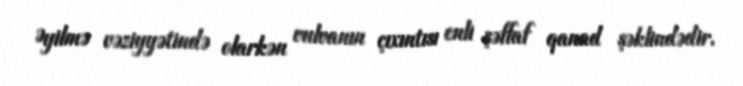
Əyilmə vəziyyətində olarkən vulvanın çıxıntısı enli şəffaf qanad şəklindədir.